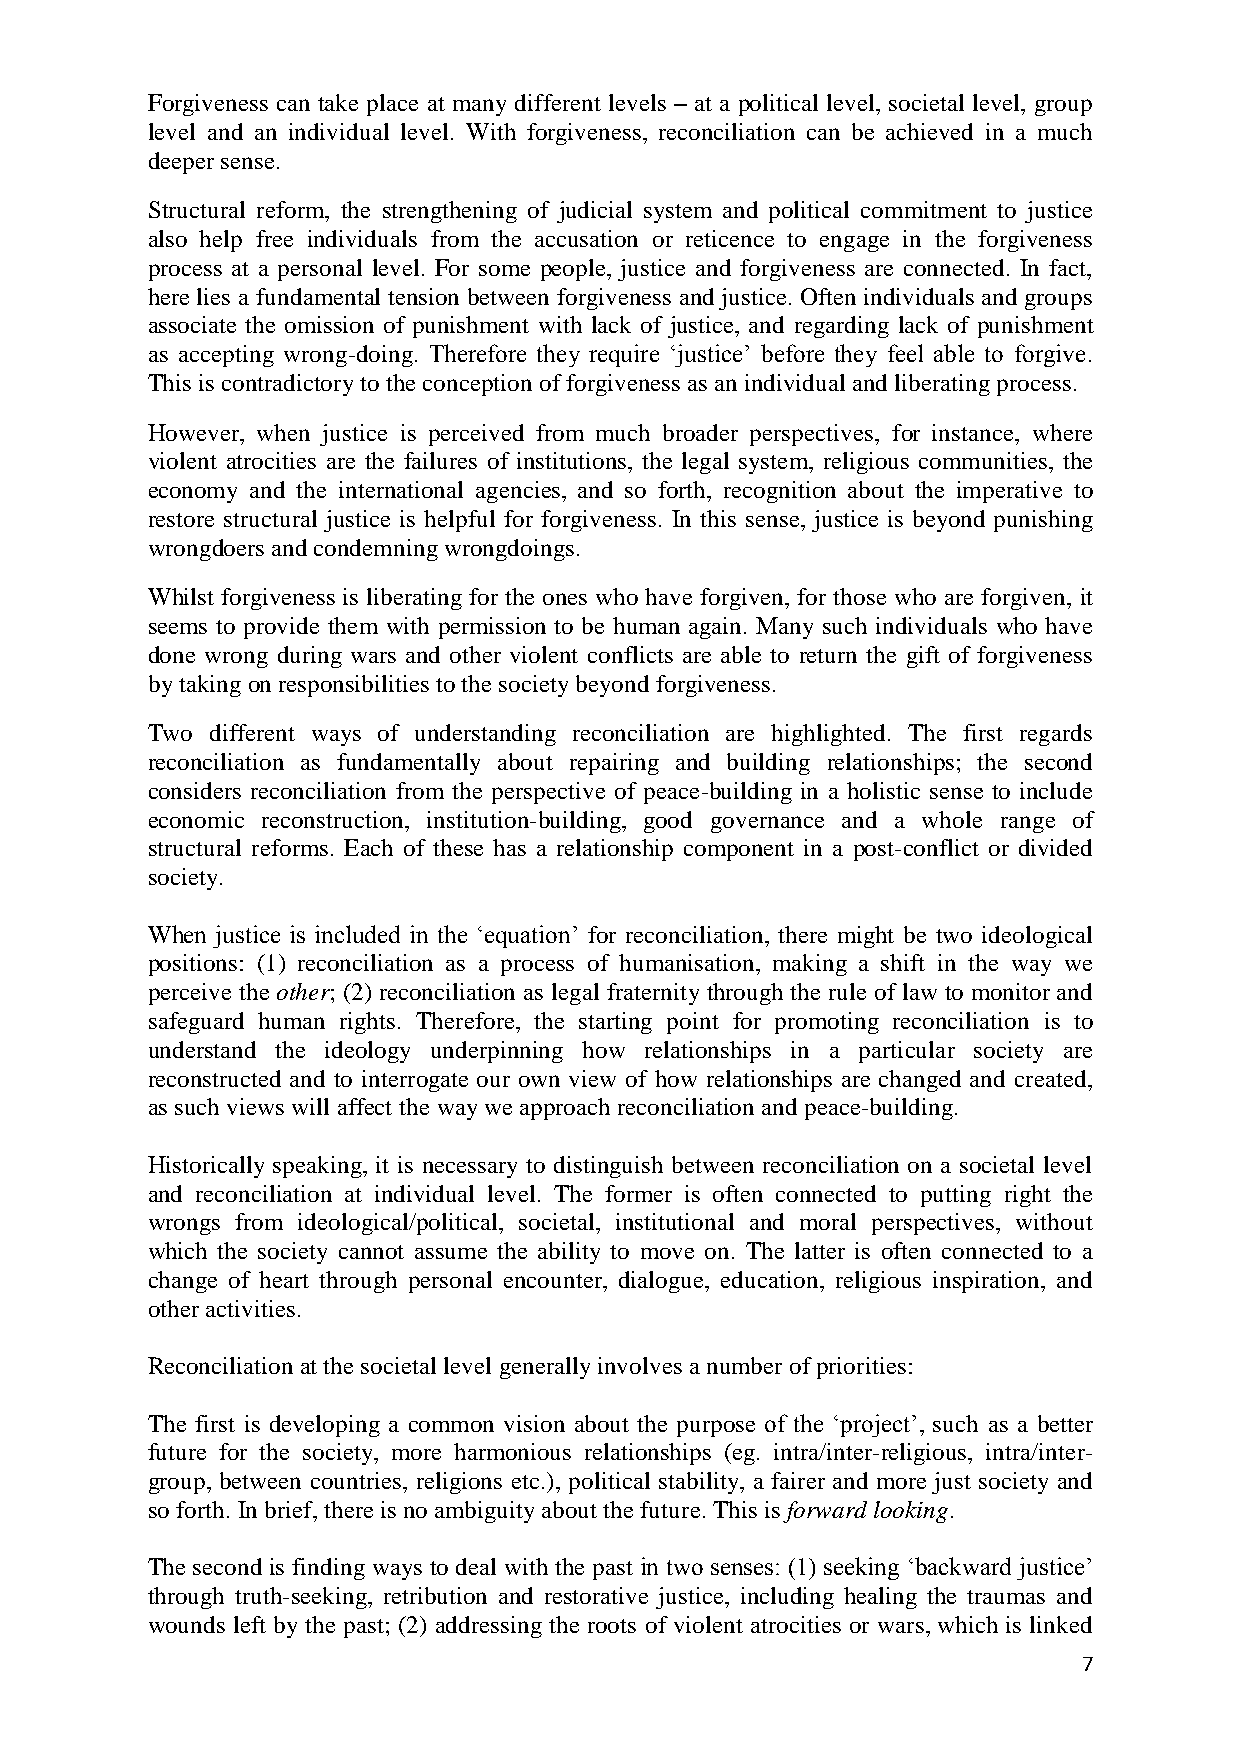
Forgiveness can take place at many different levels – at a political level, societal level, group
 level and an individual level. With forgiveness, reconciliation can be achieved in a much
 deeper sense.
 Structural reform, the strengthening of judicial system and political commitment to justice
 also help free individuals from the accusation or reticence to engage in the forgiveness
 process at a personal level. For some people, justice and forgiveness are connected. In fact,
 here lies a fundamental tension between forgiveness and justice. Often individuals and groups
 associate the omission of punishment with lack of justice, and regarding lack of punishment
 as accepting wrong-doing. Therefore they require ‘justice’ before they feel able to forgive.
 This is contradictory to the conception of forgiveness as an individual and liberating process.
 However, when justice is perceived from much broader perspectives, for instance, where
 violent atrocities are the failures of institutions, the legal system, religious communities, the
 economy and the international agencies, and so forth, recognition about the imperative to
 restore structural justice is helpful for forgiveness. In this sense, justice is beyond punishing
 wrongdoers and condemning wrongdoings.
 Whilst forgiveness is liberating for the ones who have forgiven, for those who are forgiven, it
 seems to provide them with permission to be human again. Many such individuals who have
 done wrong during wars and other violent conflicts are able to return the gift of forgiveness
 by taking on responsibilities to the society beyond forgiveness.
 Two different ways of understanding reconciliation are highlighted. The first regards
 reconciliation as fundamentally about repairing and building relationships; the second
 considers reconciliation from the perspective of peace-building in a holistic sense to include
 economic reconstruction, institution-building, good governance and a whole range of
 structural reforms. Each of these has a relationship component in a post-conflict or divided
 society.
 When justice is included in the ‘equation’ for reconciliation, there might be two ideological
 positions: (1) reconciliation as a process of humanisation, making a shift in the way we
 perceive the other; (2) reconciliation as legal fraternity through the rule of law to monitor and
 safeguard human rights. Therefore, the starting point for promoting reconciliation is to
 understand the ideology underpinning how relationships in a particular society are
 reconstructed and to interrogate our own view of how relationships are changed and created,
 as such views will affect the way we approach reconciliation and peace-building.
 Historically speaking, it is necessary to distinguish between reconciliation on a societal level
 and reconciliation at individual level. The former is often connected to putting right the
 wrongs from ideological/political, societal, institutional and moral perspectives, without
 which the society cannot assume the ability to move on. The latter is often connected to a
 change of heart through personal encounter, dialogue, education, religious inspiration, and
 other activities.
 Reconciliation at the societal level generally involves a number of priorities:
 The first is developing a common vision about the purpose of the ‘project’, such as a better
 future for the society, more harmonious relationships (eg. intra/inter-religious, intra/inter-
 group, between countries, religions etc.), political stability, a fairer and more just society and
 so forth. In brief, there is no ambiguity about the future. This is forward looking.
 The second is finding ways to deal with the past in two senses: (1) seeking ‘backward justice’
 through truth-seeking, retribution and restorative justice, including healing the traumas and
 wounds left by the past; (2) addressing the roots of violent atrocities or wars, which is linked
 7